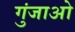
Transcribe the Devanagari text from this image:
गुंजाओ